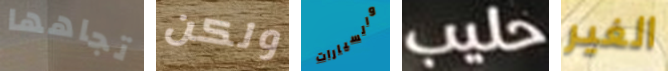
تجاهها ولكن والسيارات حليب الغير